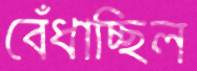
বেঁধাচ্ছিল